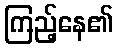
ကြည့်နေ၏